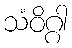
သံဝိဂ္ဂါ